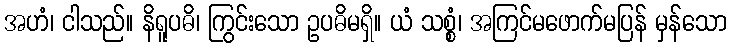
အဟံ၊ ငါသည်။ နိရူပဓိ၊ ကြွင်းသော ဥပဓိမရှိ။ ယံ သစ္စံ၊ အကြင်မဖောက်မပြန် မှန်သော